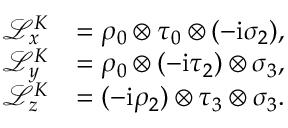
\begin{array} { r l } { \mathcal { L } _ { x } ^ { K } } & { = \rho _ { 0 } \otimes \tau _ { 0 } \otimes ( - \mathrm { i } \sigma _ { 2 } ) , } \\ { \mathcal { L } _ { y } ^ { K } } & { = \rho _ { 0 } \otimes ( - \mathrm { i } \tau _ { 2 } ) \otimes \sigma _ { 3 } , } \\ { \mathcal { L } _ { z } ^ { K } } & { = ( - \mathrm { i } \rho _ { 2 } ) \otimes \tau _ { 3 } \otimes \sigma _ { 3 } . } \end{array}